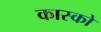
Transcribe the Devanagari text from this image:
कास्को